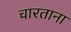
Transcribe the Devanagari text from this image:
चारताना